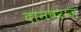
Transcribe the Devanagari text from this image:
दानवराज